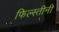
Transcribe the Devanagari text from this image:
फिल्स्तीनी